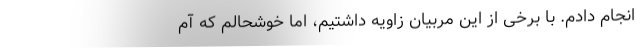
انجام دادم. با برخی از این مربیان زاویه داشتیم، اما خوشحالم که آم